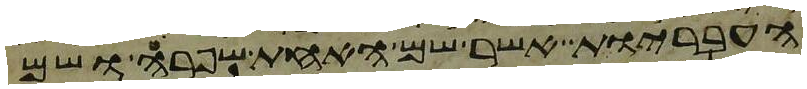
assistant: העבריות אשר שם האחת שפרה ושם